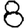
Digit: 8